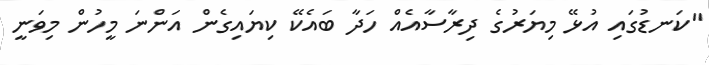
"ކަނޑުގައި އުޅޭ މިޔަރުގެ ދިރާސާއެއް ހަދާ ބައެކޭ ކިޔައިގެން އަންނަ މީހުން މިވަނީ